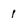
Character: 1